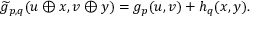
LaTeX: { \widetilde { g } } _ { p , q } ( u \oplus x , v \oplus y ) = g _ { p } ( u , v ) + h _ { q } ( x , y ) .